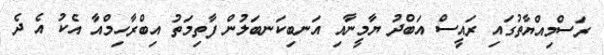
ރަސްމިއްޔާތުގައި ރައީސް އަބްދު ޔާމީނާއި އަނބިކަނބަލުން ފާތިމަތު އިބްރާހިމްއާ އެކު އެ ދެ